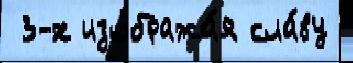
 3-х изобража́я сла́ву